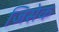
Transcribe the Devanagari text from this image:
जिसेक